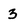
Character: 3